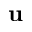
\mathbf { u }